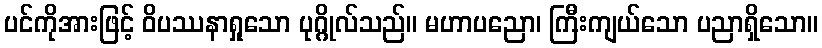
ပင်ကိုအားဖြင့် ဝိပဿနာရှုသော ပုဂ္ဂိုလ်သည်။ မဟာပညော၊ ကြီးကျယ်သော ပညာရှိသော။